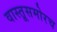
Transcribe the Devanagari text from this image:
वास्तूसमोरच